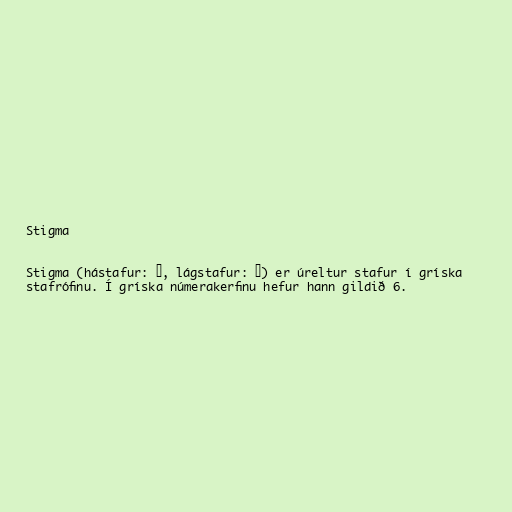
Stigma

Stigma (hástafur: Ϛ, lágstafur: ϛ) er úreltur stafur í gríska
stafrófinu. Í gríska númerakerfinu hefur hann gildið 6.